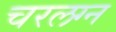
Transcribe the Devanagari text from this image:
चरलग्न